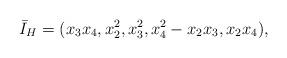
LaTeX: \begin{align*}\bar{I}_H=(x_3x_4, x_2^2, x_3^2, x_4^2-x_2x_3, x_2x_4),\end{align*}